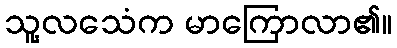
သူ့လသေံက မာကြောလာ၏။